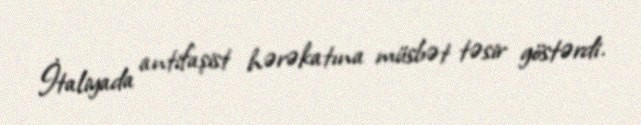
İtaliyada antifaşist hərəkatına müsbət təsir göstərdi.